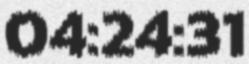
04:24:31